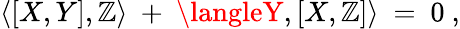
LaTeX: \langle\left[X,Y\right],\mathbb{Z}\rangle\ +\ \langleY,\left[X,\mathbb{Z}\right]\rangle\ =\ 0\ ,